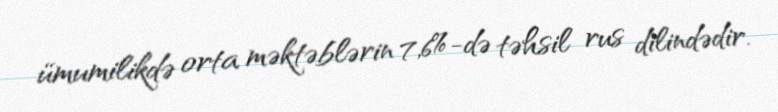
ümumilikdə orta məktəblərin 7,6%-də təhsil rus dilindədir.